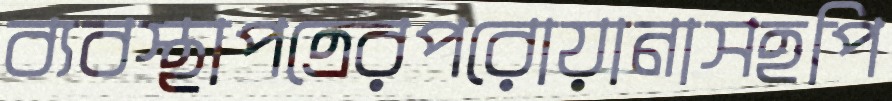
ব্যবস্থাপত্রেরপরোয়ানাসহপি